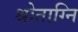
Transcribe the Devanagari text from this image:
श्रोताग्नि